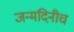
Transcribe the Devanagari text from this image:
जन्मदिनीच